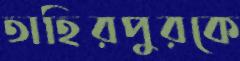
তাহিরপুরকে